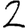
Digit: 2